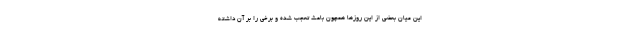
این میان بعضی از این روزها همچون باعث تعجب شده و برخی را بر آن داشته